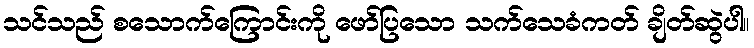
သင်သည် စသောက်ကြောင်းကို ဖော်ပြသော သက်သေခံကတ် ချိတ်ဆွဲပါ။